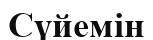
Сүйемін